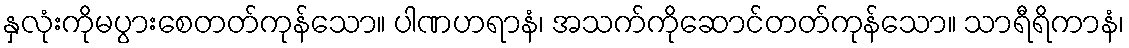
နှလုံးကိုမပွားစေတတ်ကုန်သော။ ပါဏဟရာနံ၊ အသက်ကိုဆောင်တတ်ကုန်သော။ သာရီရိကာနံ၊